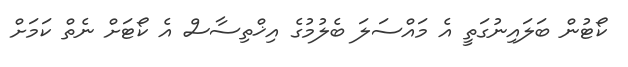
ކޯޓުން ބަލައިނުގަތީ އެ މައްސަލަ ބެލުމުގެ އިޚްތިސާސް އެ ކޯޓަށް ނެތް ކަމަށް